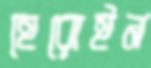
হেরোইন